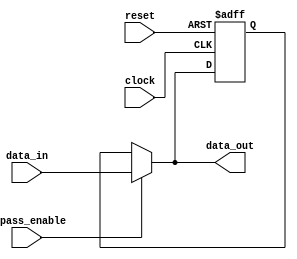
module FallbackBypassRegister(
    input wire bypass_enable,
    input wire clock,
    input wire reset,
    input wire [7:0] data_in,
    output reg [7:0] data_out
);

reg [7:0] internal_data;

always @(posedge clock or posedge reset) begin
    if (reset) begin
        internal_data <= 8'h00;
    end else begin
        if (bypass_enable) begin
            internal_data <= data_in;
        end
    end
end

assign data_out = bypass_enable ? data_in : internal_data;

endmodule